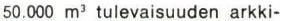
50.000 m3 tulevaisuuden arkki-